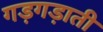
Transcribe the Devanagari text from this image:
गड़गड़ाती